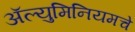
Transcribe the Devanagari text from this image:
अॅल्युमिनियमचे